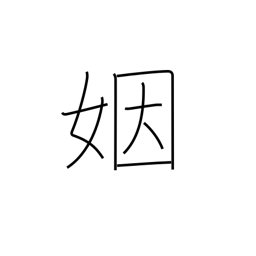
Meaning: matrimony